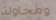
ومحاولة